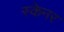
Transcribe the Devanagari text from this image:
स्‍केनर